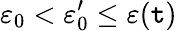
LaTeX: \varepsilon_{0}<\varepsilon_{0}^{\prime}\leq\varepsilon(\mathtt{t})